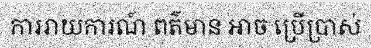
ការរាយការណ៍ ពត៌មាន អាច ប្រើប្រាស់